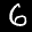
Label: 6